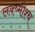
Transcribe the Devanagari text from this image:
लक्ष्मीश्च